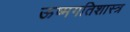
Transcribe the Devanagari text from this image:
ऊष्मगतिशास्त्र